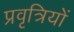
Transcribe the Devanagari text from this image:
प्रवृत्रियों